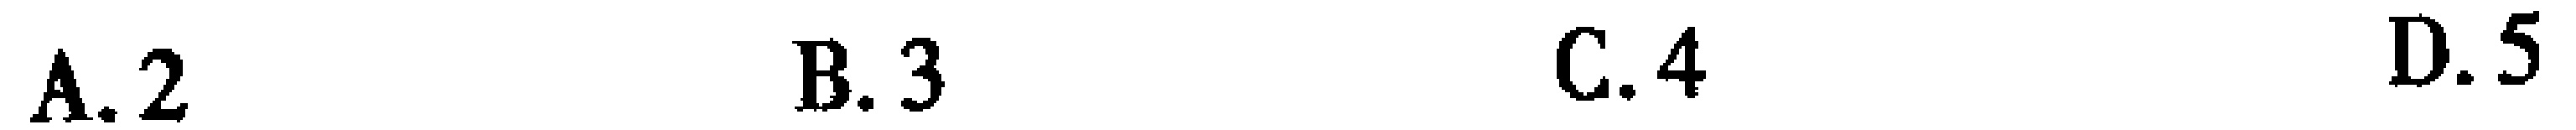
A. 2 \quad B. 3 \quad C. 4 \quad D. 5